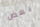
بعض